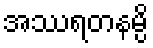
အဿရတနမ္ပိ